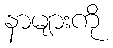
နာများကို